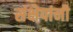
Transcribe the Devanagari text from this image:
संक्षेपांनी